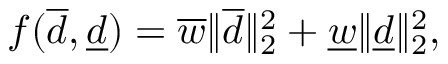
f ( \overline { d } , \underline { d } ) = \overline { w } \| \overline { d } \| _ { 2 } ^ { 2 } + \underline { w } \| \underline { d } \| _ { 2 } ^ { 2 } ,